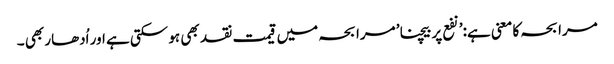
مرابحہ کا معنی ہے:’نفع پر بیچنا’ مرابحہ میں قیمت نقد بھی ہو سکتی ہے اور اُدھار بھی ۔